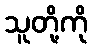
သူတို့ကို